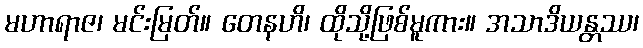
မဟာရာဇ၊ မင်းမြတ်။ တေနဟိ၊ ထိုသို့ဖြစ်မူကား။ အသာဒိယန္တဿ၊